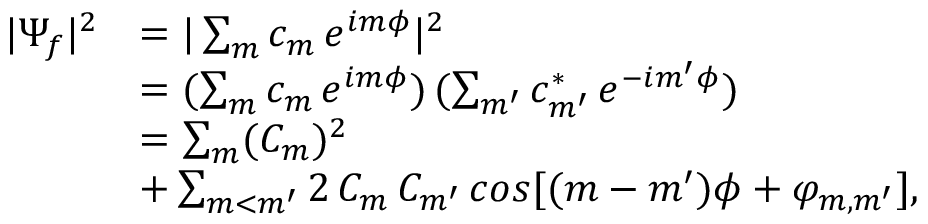
\begin{array} { r l } { | \Psi _ { f } | ^ { 2 } } & { = | \sum _ { m } c _ { m } \, e ^ { i m \phi } | ^ { 2 } } \\ & { = ( \sum _ { m } c _ { m } \, e ^ { i m \phi } ) \, ( \sum _ { m ^ { \prime } } c _ { m ^ { \prime } } ^ { * } \, e ^ { - i m ^ { \prime } \phi } ) } \\ & { = \sum _ { m } ( C _ { m } ) ^ { 2 } } \\ & { + \sum _ { m < m ^ { \prime } } 2 \, C _ { m } \, C _ { m ^ { \prime } } \, c o s [ ( m - m ^ { \prime } ) \phi + \varphi _ { m , m ^ { \prime } } ] , } \end{array}